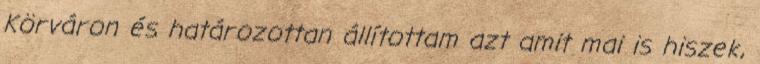
Körváron és határozottan állítottam azt amit mai is hiszek,